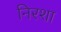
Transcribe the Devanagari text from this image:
निरशा